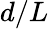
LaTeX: d/L